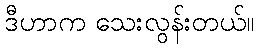
ဒီဟာက သေးလွန်းတယ်။